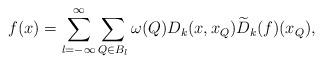
LaTeX: \begin{align*}f(x)=\sum\limits_{l=-\infty}^\infty\sum\limits_{ Q\in B_l}\omega(Q)D_k(x,x_Q) {\widetilde D}_k(f)(x_Q),\end{align*}